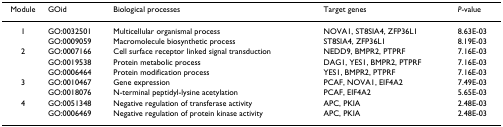
| Module | GOid | Biological processes | Target genes | P-value |
 | --- | --- | --- | --- | --- |
 | 1 | GO:0032501 | Multicellular organismal process | NOVA1, ST8SIA4, ZFP36L1 | 8.63E-03 |
 |  | GO:0009059 | Macromolecule biosynthetic process | ST8SIA4, ZFP36L1 | 8.19E-03 |
 | 2 | GO:0007166 | Cell surface receptor linked signal transduction | NEDD9, BMPR2, PTPRF | 7.16E-03 |
 |  | GO:0019538 | Protein metabolic process | DAG1, YES1, BMPR2, PTPRF | 7.16E-03 |
 |  | GO:0006464 | Protein modification process | YES1, BMPR2, PTPRF | 7.16E-03 |
 | 3 | GO:0010467 | Gene expression | PCAF, NOVA1, EIF4A2 | 7.49E-03 |
 |  | GO:0018076 | N-terminal peptidyl-lysine acetylation | PCAF, EIF4A2 | 5.65E-03 |
 | 4 | GO:0051348 | Negative regulation of transferase activity | APC, PKIA | 2.48E-03 |
 |  | GO:0006469 | Negative regulation of protein kinase activity | APC, PKIA | 2.48E-03 |